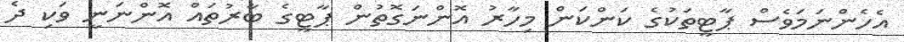
އެހެންނަމަވެސް ޕާޓީތަކުގެ ކަންކަން މިހާރު އޮންނަގޮތުން ޕާޓީގެ ބާރުތައް އޮންނަނީ ވަކި ދެ